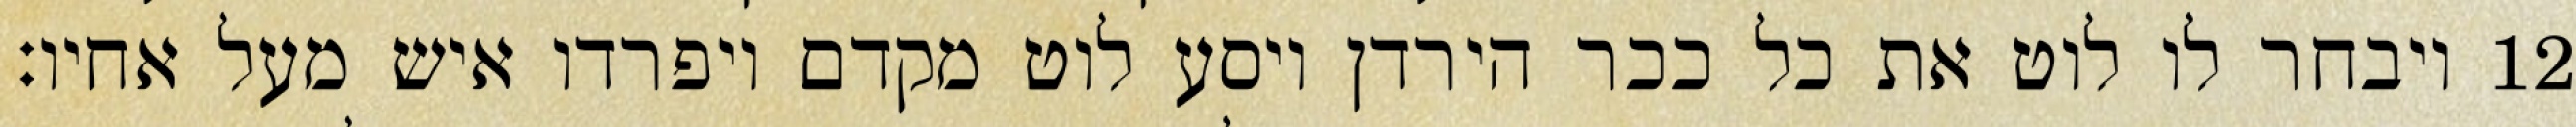
ויבחר לו לוט את כל ככר הירדן ויסע לוט מקדם ויפרדו איש מעל אחיו׃ ‎12‏